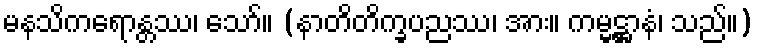
မနသိကရောန္တဿ၊ သော်။ (နာတိတိက္ခပညဿ၊ အား။ ကမ္မဋ္ဌာနံ၊ သည်။)